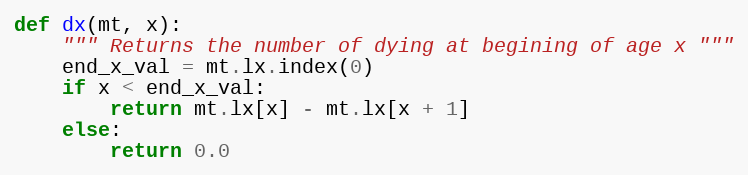
Language: Python
def dx(mt, x):
    """ Returns the number of dying at begining of age x """
    end_x_val = mt.lx.index(0)
    if x < end_x_val:
        return mt.lx[x] - mt.lx[x + 1]
    else:
        return 0.0